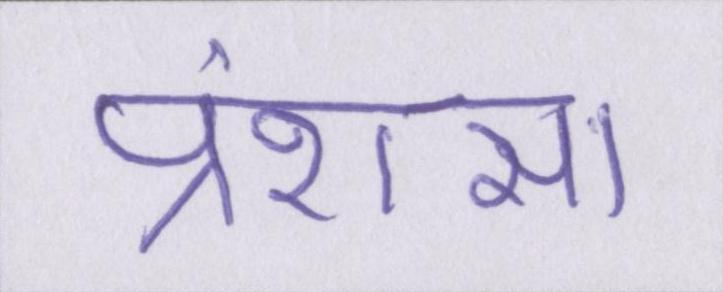
प्रंशसा